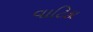
વાટિકા